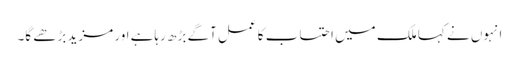
انہوں نے کہا ملک میں احتساب کا عمل آگے بڑھ رہاہے اور مزید بڑھے گا۔